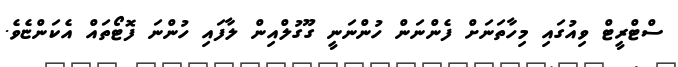
ސްޓްރީޓް ވިއުގައި މިހާތަނަށް ފެންނަން ހުންނަނީ ގޫގުލްއިން ލާފައި ހުންނަ ފޮޓޯތައް އެކަންޏެވެ.